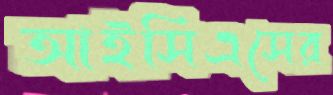
আইসিএসের